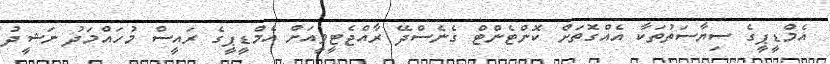
އެމްޑީޕީގެ ސިޔާސަތުތަކާ އެއްގޮތަށް ކޮންޓެންޓް ގެނެސްދޭ ރާއްޖެޓީވީއަށް އެމްޑީޕީގެ ރައީސް މުހައްމަދު ނަޝީދު